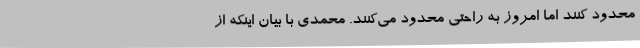
محدود کنند اما امروز به راحتی محدود می‌کنند. محمدی با بیان اینکه از